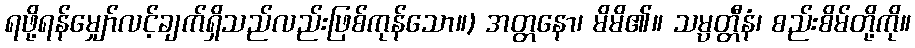
ရဖို့ရန်မျှော်လင့်ချက်ရှိသည်လည်းဖြစ်ကုန်သော။) အတ္တနော၊ မိမိ၏။ သမ္ပတ္တီနံ၊ စည်းစိမ်တို့ကို။